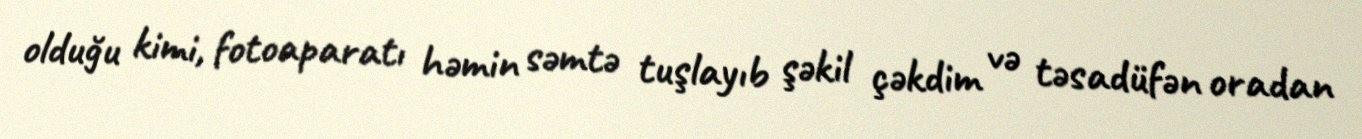
olduğu kimi, fotoaparatı həmin səmtə tuşlayıb şəkil çəkdim və təsadüfən oradan